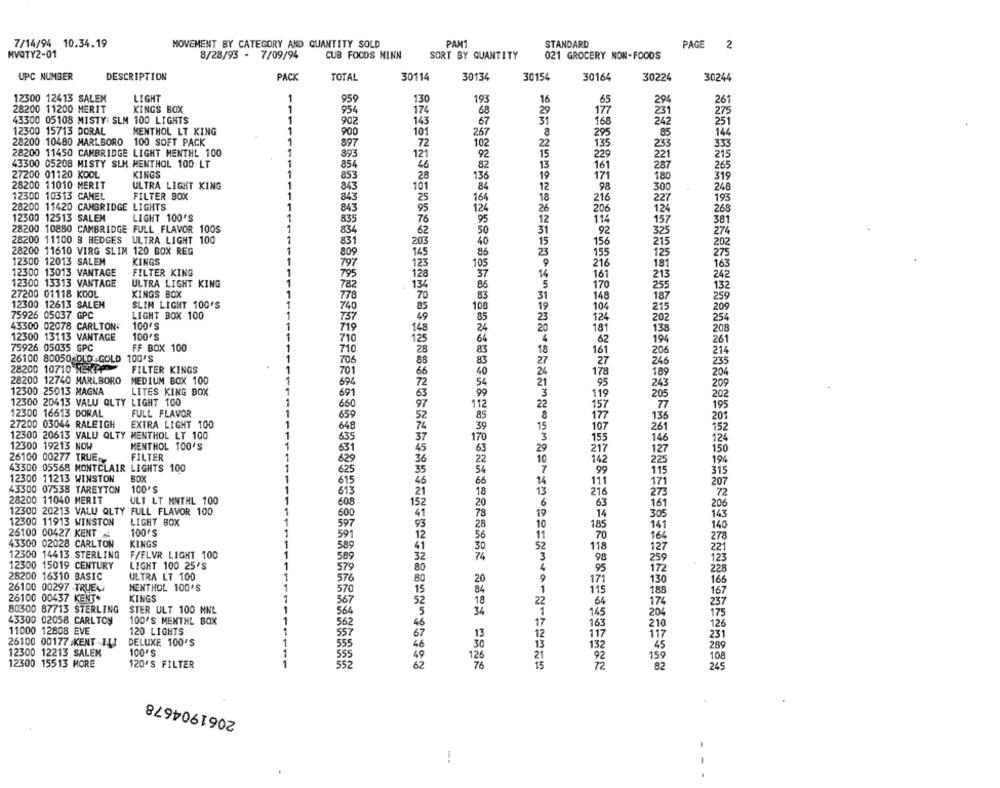
7/14/94 10.34.19
MOVEMENT BY CATEGORY AND QUANTITY SOLD
PAM1
STANDARD
PAGE
2
HVQTY2-01
8/28/93 - 7/09/94
CUB FOODS NINN
SORT BY QUANTITY
021 GROCERY NON-FOODS
UPC NUMBER
DESCRIPTION
PACK
TOTAL
30114
30134
30154
30164
30224
30244
12300 12413 SALEM
LIGHT
1
959
130
193
16
65
290
261
28200 11200 MERIT
KINGS BOX
1
954
174
29
177
23
1
68
275
43300 05108 MISTY: SLM 100 LIGHTS
902
143
67
31
168
242
251
12300 15713 DORAL
MENTHOL LT KING
1
900
101
267
8
295
85
144
28200 10480 MARLBORO 100 SOFT PACK
1
897
72
135
333
102
22
233
28200 11450 CAMBRIDGE LIGHT MENTHL 100
1
893
121
92
229
221
215
43300 05208 MISTY SLM MENTHOL 100 LT
1
854
82
161
27200 01120 KOOL
KINGS
1
13
287
265
853
.28
136
19
171
180
319
28200 11010 MERIT
ULTRA LIGHT KING
1
843
101
84
12
98
300
248
12300 10313 CAMEL
FILTER BOX
843
164
18
216
193
25
227
28200 11420 CAMBRIDGE LIGHTS
843
124
26
206
124
268
12300 12513 SALEM
LIGHT 100'S
835
76
95
12
114
157
381
28200 10880 CAMBRIDGE FULL FLAVOR 100S
834
50
31
92
325
274
28200 11100 B HEDGES
ULTRA LIGHT 100
831
40
15
156
215
202
28200 11610 VIRG SLIM 120 BOX REG
809
86
23
155
125
12300 12013 SALEM
KINGS
797
275
105
216
181
163
12300 13013 VANTAGE
FILTER KING
795
37
14
161
213
242
12300 13313 VANTAGE
ULTRA LIGHT KING
782
86
5
170
255
27200 01118 KOOL
KINGS BOX
132
778
83
31
148
187
259
12300 12613 SALEM
SLIM LIGHT 100'S
740
108
104
215
209
75926 05037 GPC
LIGHT BOX 100
737
124
202
254
43300 02078 CARLTON"
100'S
719
181
138
208
12300 13113 VANTAGE
100'S
1111-
710
64
62
194
261
FF BOX 100
75926 05035 GPC
710
83
161
206
214
26100 80050 OLD GOLD 100'S
706
27
246
235
28200 10710 MERT-P
FILTER KINGS
701
178
MEDIUM BOX 100
189
204
28200 12740 MARLBORO
11
694
54
95
243
209
12300 25013 MAGNA
LITES KING BOX
691
119
202
12300 20413 VALU ALTY LIGHT 100
205
660
157
77
195
12300 16613 DORAL
FULL FLAVOR
659
177
136
201
27200 03044 RALEIGH
EXTRA LIGHT 100
648
107
261
152
12300 20613 VALU QLTY MENTHOL LT 100
635
170
155
146
124
12300 19213 NOW
MENTHOL 100'S
631
217
150
26100 00277 TRUE
FILTER
629
127
142
225
194
43300 05568 MONTCLAIR LIGHTS 100
625
99
115
315
12300 11213 WINSTON
BOX
615
111
207
43300 07538 TAREYTON
100'S
171
613
216
.72
28200 11040 MERIT
ULT LT MNTHL 100
608
6
63
206
12300 20213 VALU QLTY FULL FLAVOR 100
19
161
12300 11913 WINSTON
LIGHT BOX
600
14
305
143
597
10
185
141
140
26100 00427 KENT ..
100'S
591
70
164
278
43300 02028 CARLTON
KINGS
589
118
127
221
12300 14413 STERLING
F/FLVR LIGHT 100
11
589
98
259
123
12300 15019 CENTURY
LIGHT 100 25'S
579
95
28200 16310 BASIC
ULTRA LT 100
172
228
171
130
166
26100 00297 TRUE
MENTHOL 100'S
570
115
188
167
26100 00437 KENT*
KINGS
567
64
174
237
80300 87713 STERLING
STER ULT 100 MNL
564
145
204
175
43300 02058 CARLTON
100'S MENTHL BOX
562
17
163
11000 12808 EVE
120 LIGHTS
210
126
557
13
12
117
117
231
26100 00177 KENT-14
DELUXE 100'S
1
555
30
132
289
12300 12213 SALEN
100'S
1
555
126
92
159
106
12300 15513 MORE
120'S FILTER
552
76
15
72
82
245
2061904678